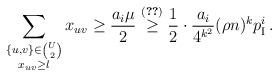
LaTeX: \begin{align*}\sum_{\substack{\{u,v\}\in\binom{U}{2}\\ x_{uv}\geq \l}}x_{uv}\ge \frac{a_i\mu}{2}\overset{\eqref{eq:mui}}{\geq} \frac{1}{2}\cdot\frac{a_i}{4^{k^2}}(\rho n)^{k}p_{\rm I}^i\,.\end{align*}